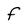
Character: f